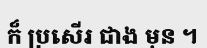
ក៏ ប្រសើរ ជាង មុន ។